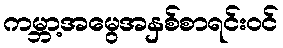
ကမ္ဘာ့အမွေအနှစ်စာရင်းဝင်